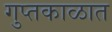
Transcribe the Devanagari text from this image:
गुप्‍तकाळात